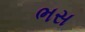
ભસ